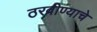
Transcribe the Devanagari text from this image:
ठरवीण्याचे